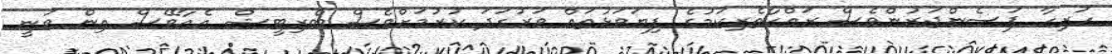
ހުރިހާ ޕަސެންޖަރުންވެސް ރައްކާތެރިކަމުގެ ފިޔަވަޅުތައް ވަރުގަދަ ކުރުމަށްވެސް ބްރިޓީޝް އެއާވޭސް އިން ވަނީ